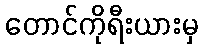
တောင်ကိုရီးယားမှ